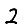
Digit: 2